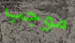
موجب